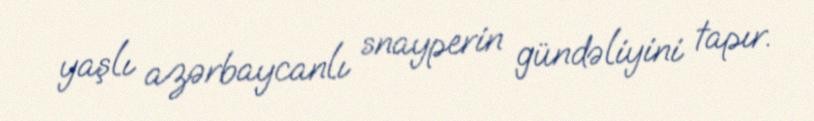
yaşlı azərbaycanlı snayperin gündəliyini tapır.